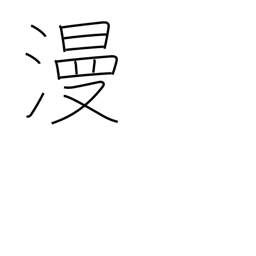
Meaning: in spite of oneself